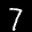
Label: 7